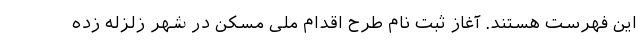
این فهرست هستند. آغاز ثبت‌ نام طرح اقدام ملی مسکن در شهر زلزله ‌زده